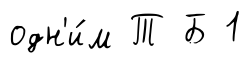
одн'и́м Т Б 1